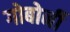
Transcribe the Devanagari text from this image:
गोबोर्नी